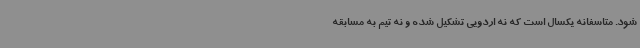
شود. متاسفانه یکسال است که نه اردویی تشکیل شده و نه تیم به مسابقه